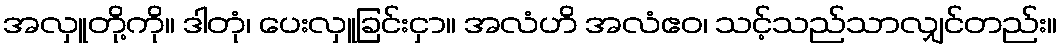
အလှူတို့ကို။ ဒါတုံ၊ ပေးလှူခြင်းငှာ။ အလံဟိ အလံဧဝ၊ သင့်သည်သာလျှင်တည်း။